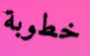
خطوبة